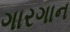
ગારગાન